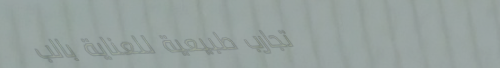
تجارب طبيعية للعناية بالب